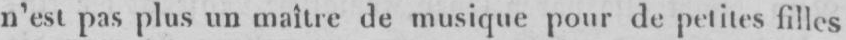
n’est pas plus un maître de musique pour de petites filles